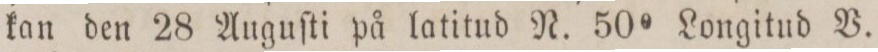
kan den 28 Auguſti på latitud N. 50° Longitud V.